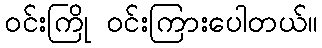
ဝင်းကြို ဝင်းကြားပေါတယ်။